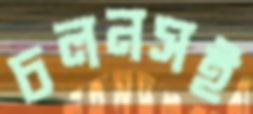
চলনসই